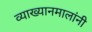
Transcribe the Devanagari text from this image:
व्याख्यानमालांनी